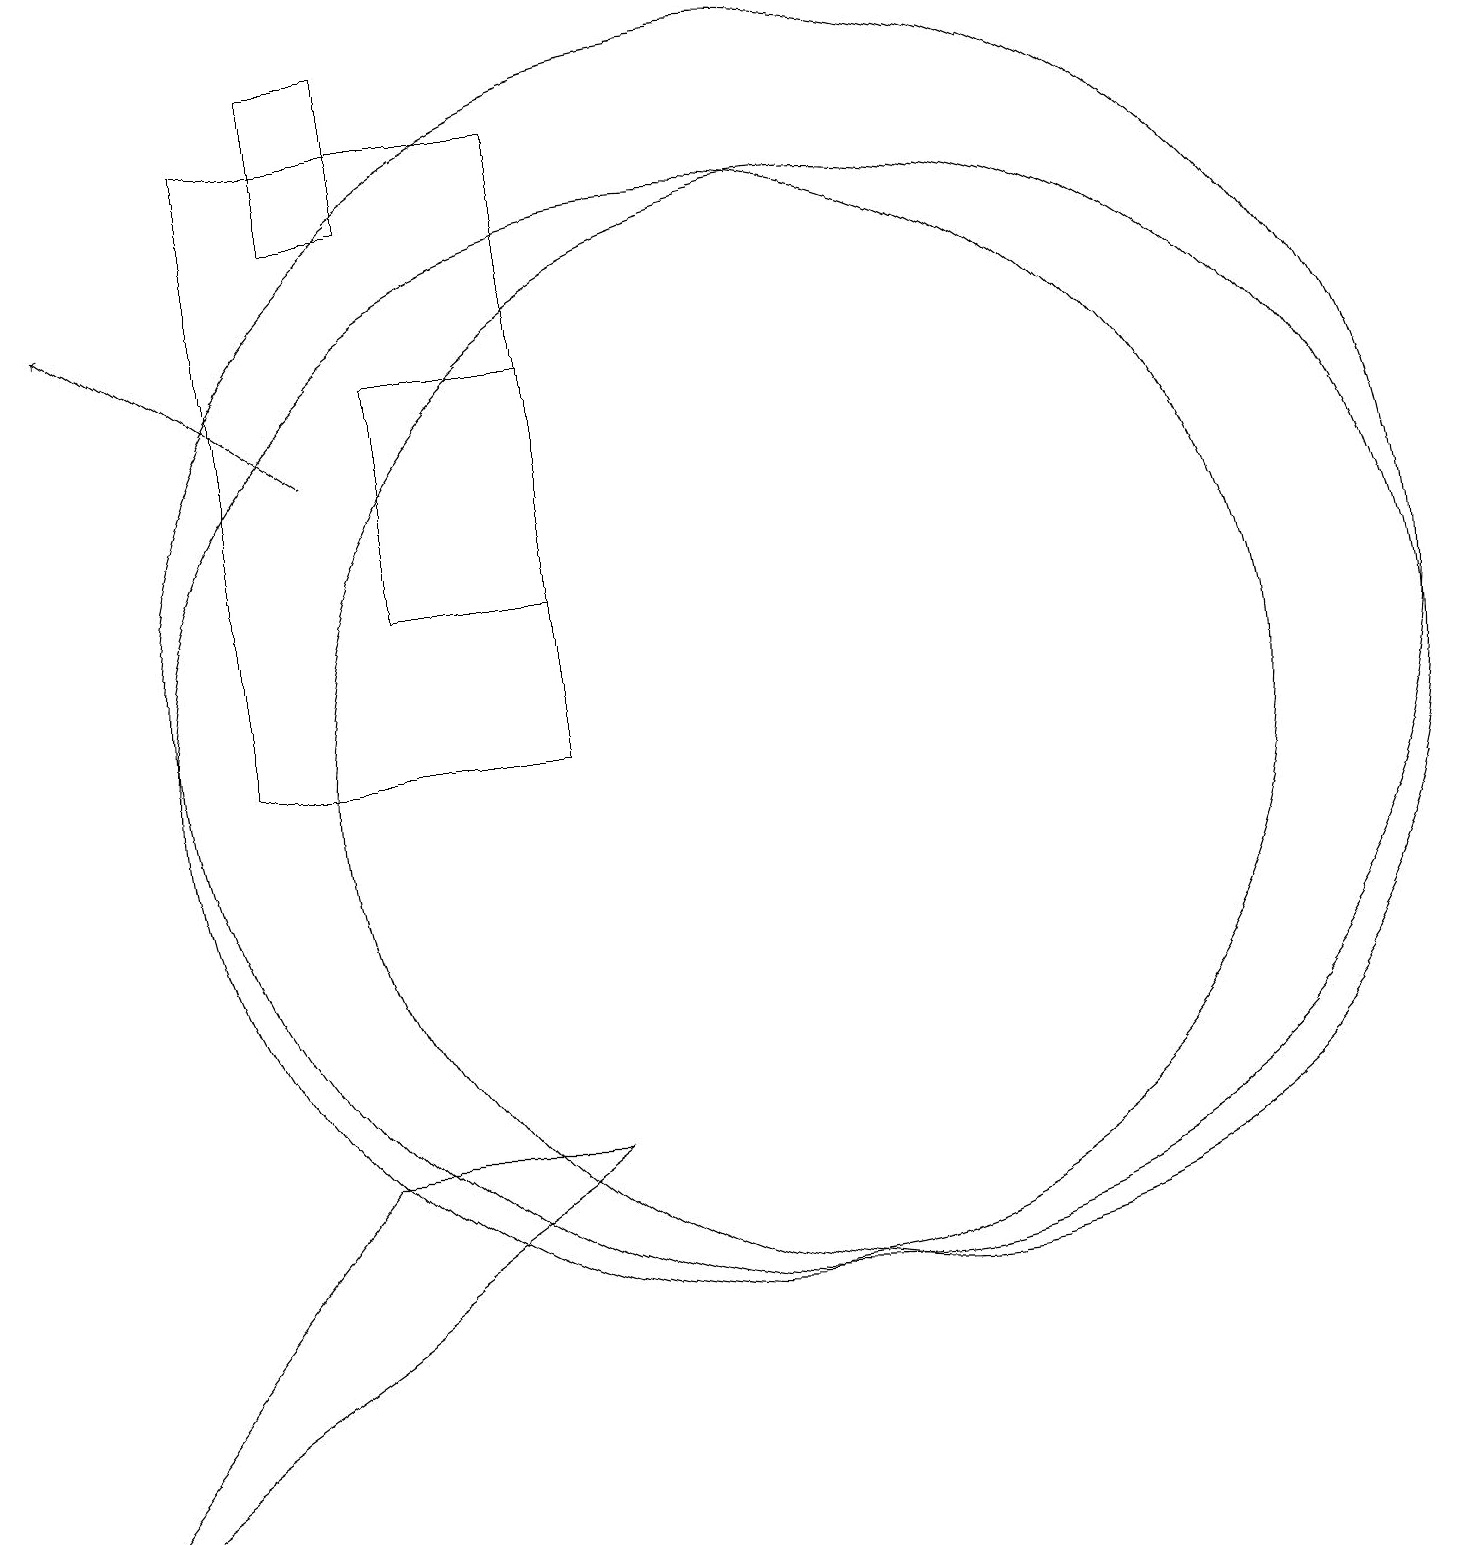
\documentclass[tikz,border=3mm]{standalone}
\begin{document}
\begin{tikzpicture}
\draw (8,18) rectangle (4,10);
\draw (11,11) circle (8);
\draw (6,12) rectangle (8,15);
\draw (5,5) -- (8,5) -- (1,0) -- cycle;
\draw (10,10) circle (7);
\draw (6,17) rectangle (5,19);
\draw[->] (5,14) -- (2,16);
\draw (12,10) circle (7);
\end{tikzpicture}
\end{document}